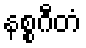
နစ္စဂီတံ